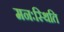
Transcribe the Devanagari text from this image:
मनःस्‍थिति